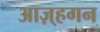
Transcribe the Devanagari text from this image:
आज़्हगन